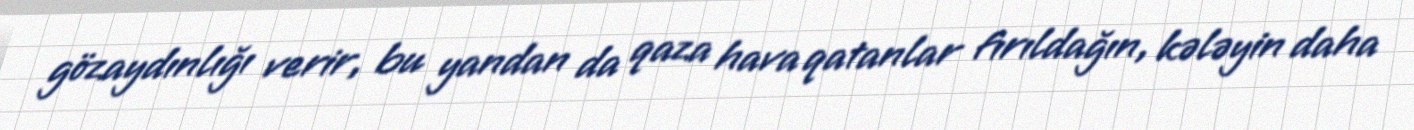
gözaydınlığı verir, bu yandan da qaza hava qatanlar fırıldağın, kələyin daha